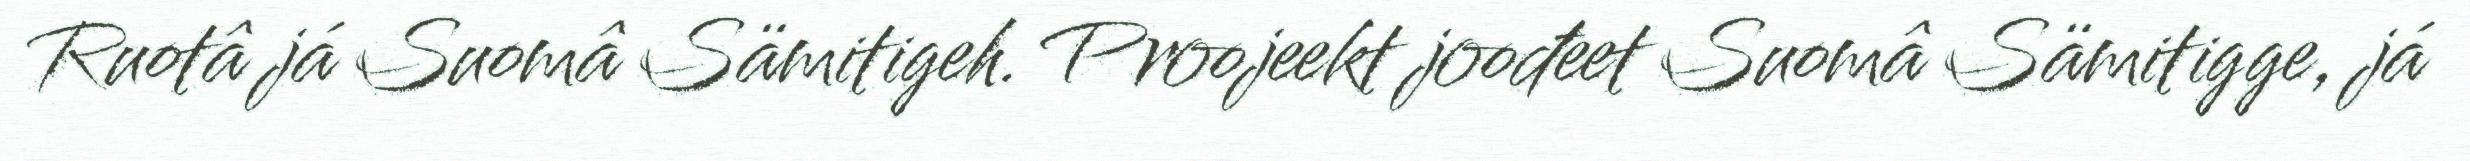
Ruotâ já Suomâ Sämitigeh. Proojeekt joođeet Suomâ Sämitigge, já